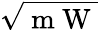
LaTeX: \sqrt{\mathrm{~m~W~}}